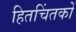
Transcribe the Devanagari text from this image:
हितचिंतकों